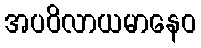
အပဝိလာယမာနေဝ